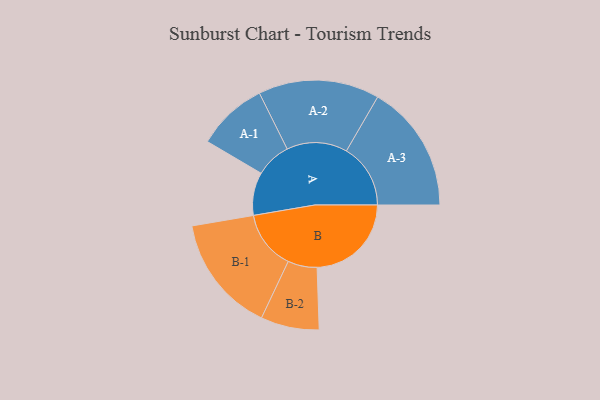
{"axis": {"x": "Segment", "y": "Value"}, "legend": ["", "A", "B"], "data": [{"x": "A", "y": 181, "type": ""}, {"x": "B", "y": 397, "type": ""}, {"x": "A-1", "y": 149, "type": "A"}, {"x": "A-2", "y": 255, "type": "A"}, {"x": "A-3", "y": 270, "type": "A"}, {"x": "B-1", "y": 248, "type": "B"}, {"x": "B-2", "y": 123, "type": "B"}]}